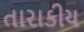
તારાકીય